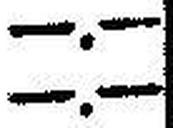
—.—